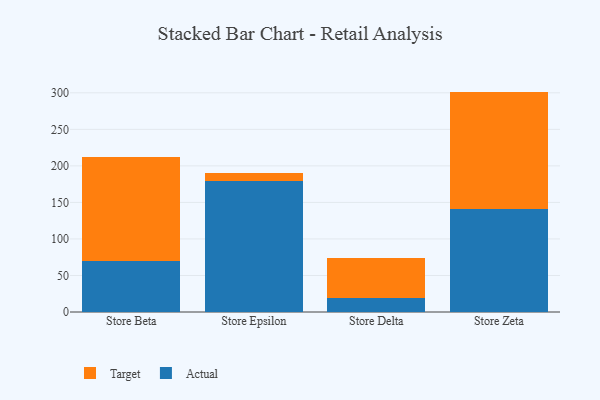
{"axis": {"x": "Store", "y": "Budget (USD K)"}, "legend": ["Actual", "Target"], "data": [{"x": "Store Beta", "y": 69.8, "type": "Actual"}, {"x": "Store Beta", "y": 142.1, "type": "Target"}, {"x": "Store Epsilon", "y": 179.2, "type": "Actual"}, {"x": "Store Epsilon", "y": 11.5, "type": "Target"}, {"x": "Store Delta", "y": 18.8, "type": "Actual"}, {"x": "Store Delta", "y": 55.7, "type": "Target"}, {"x": "Store Zeta", "y": 141.4, "type": "Actual"}, {"x": "Store Zeta", "y": 160.3, "type": "Target"}]}